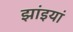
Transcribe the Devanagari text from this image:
झांइयां